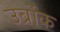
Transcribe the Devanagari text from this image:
उर्ब्रोक